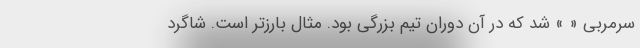
سرمربی « » شد که در آن دوران تیم بزرگی بود. مثال بارزتر است. شاگرد